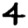
Digit: 4